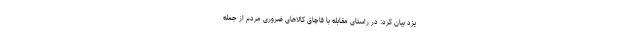
یزد بیان کرد: در راستای مقابله با قاچاق کالاهای ضروری مردم از جمله